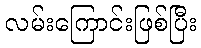
လမ်းကြောင်းဖြစ်ပြီး